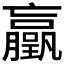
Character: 𫢃